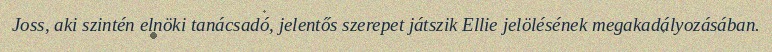
Joss, aki szintén elnöki tanácsadó, jelentős szerepet játszik Ellie jelölésének megakadályozásában.